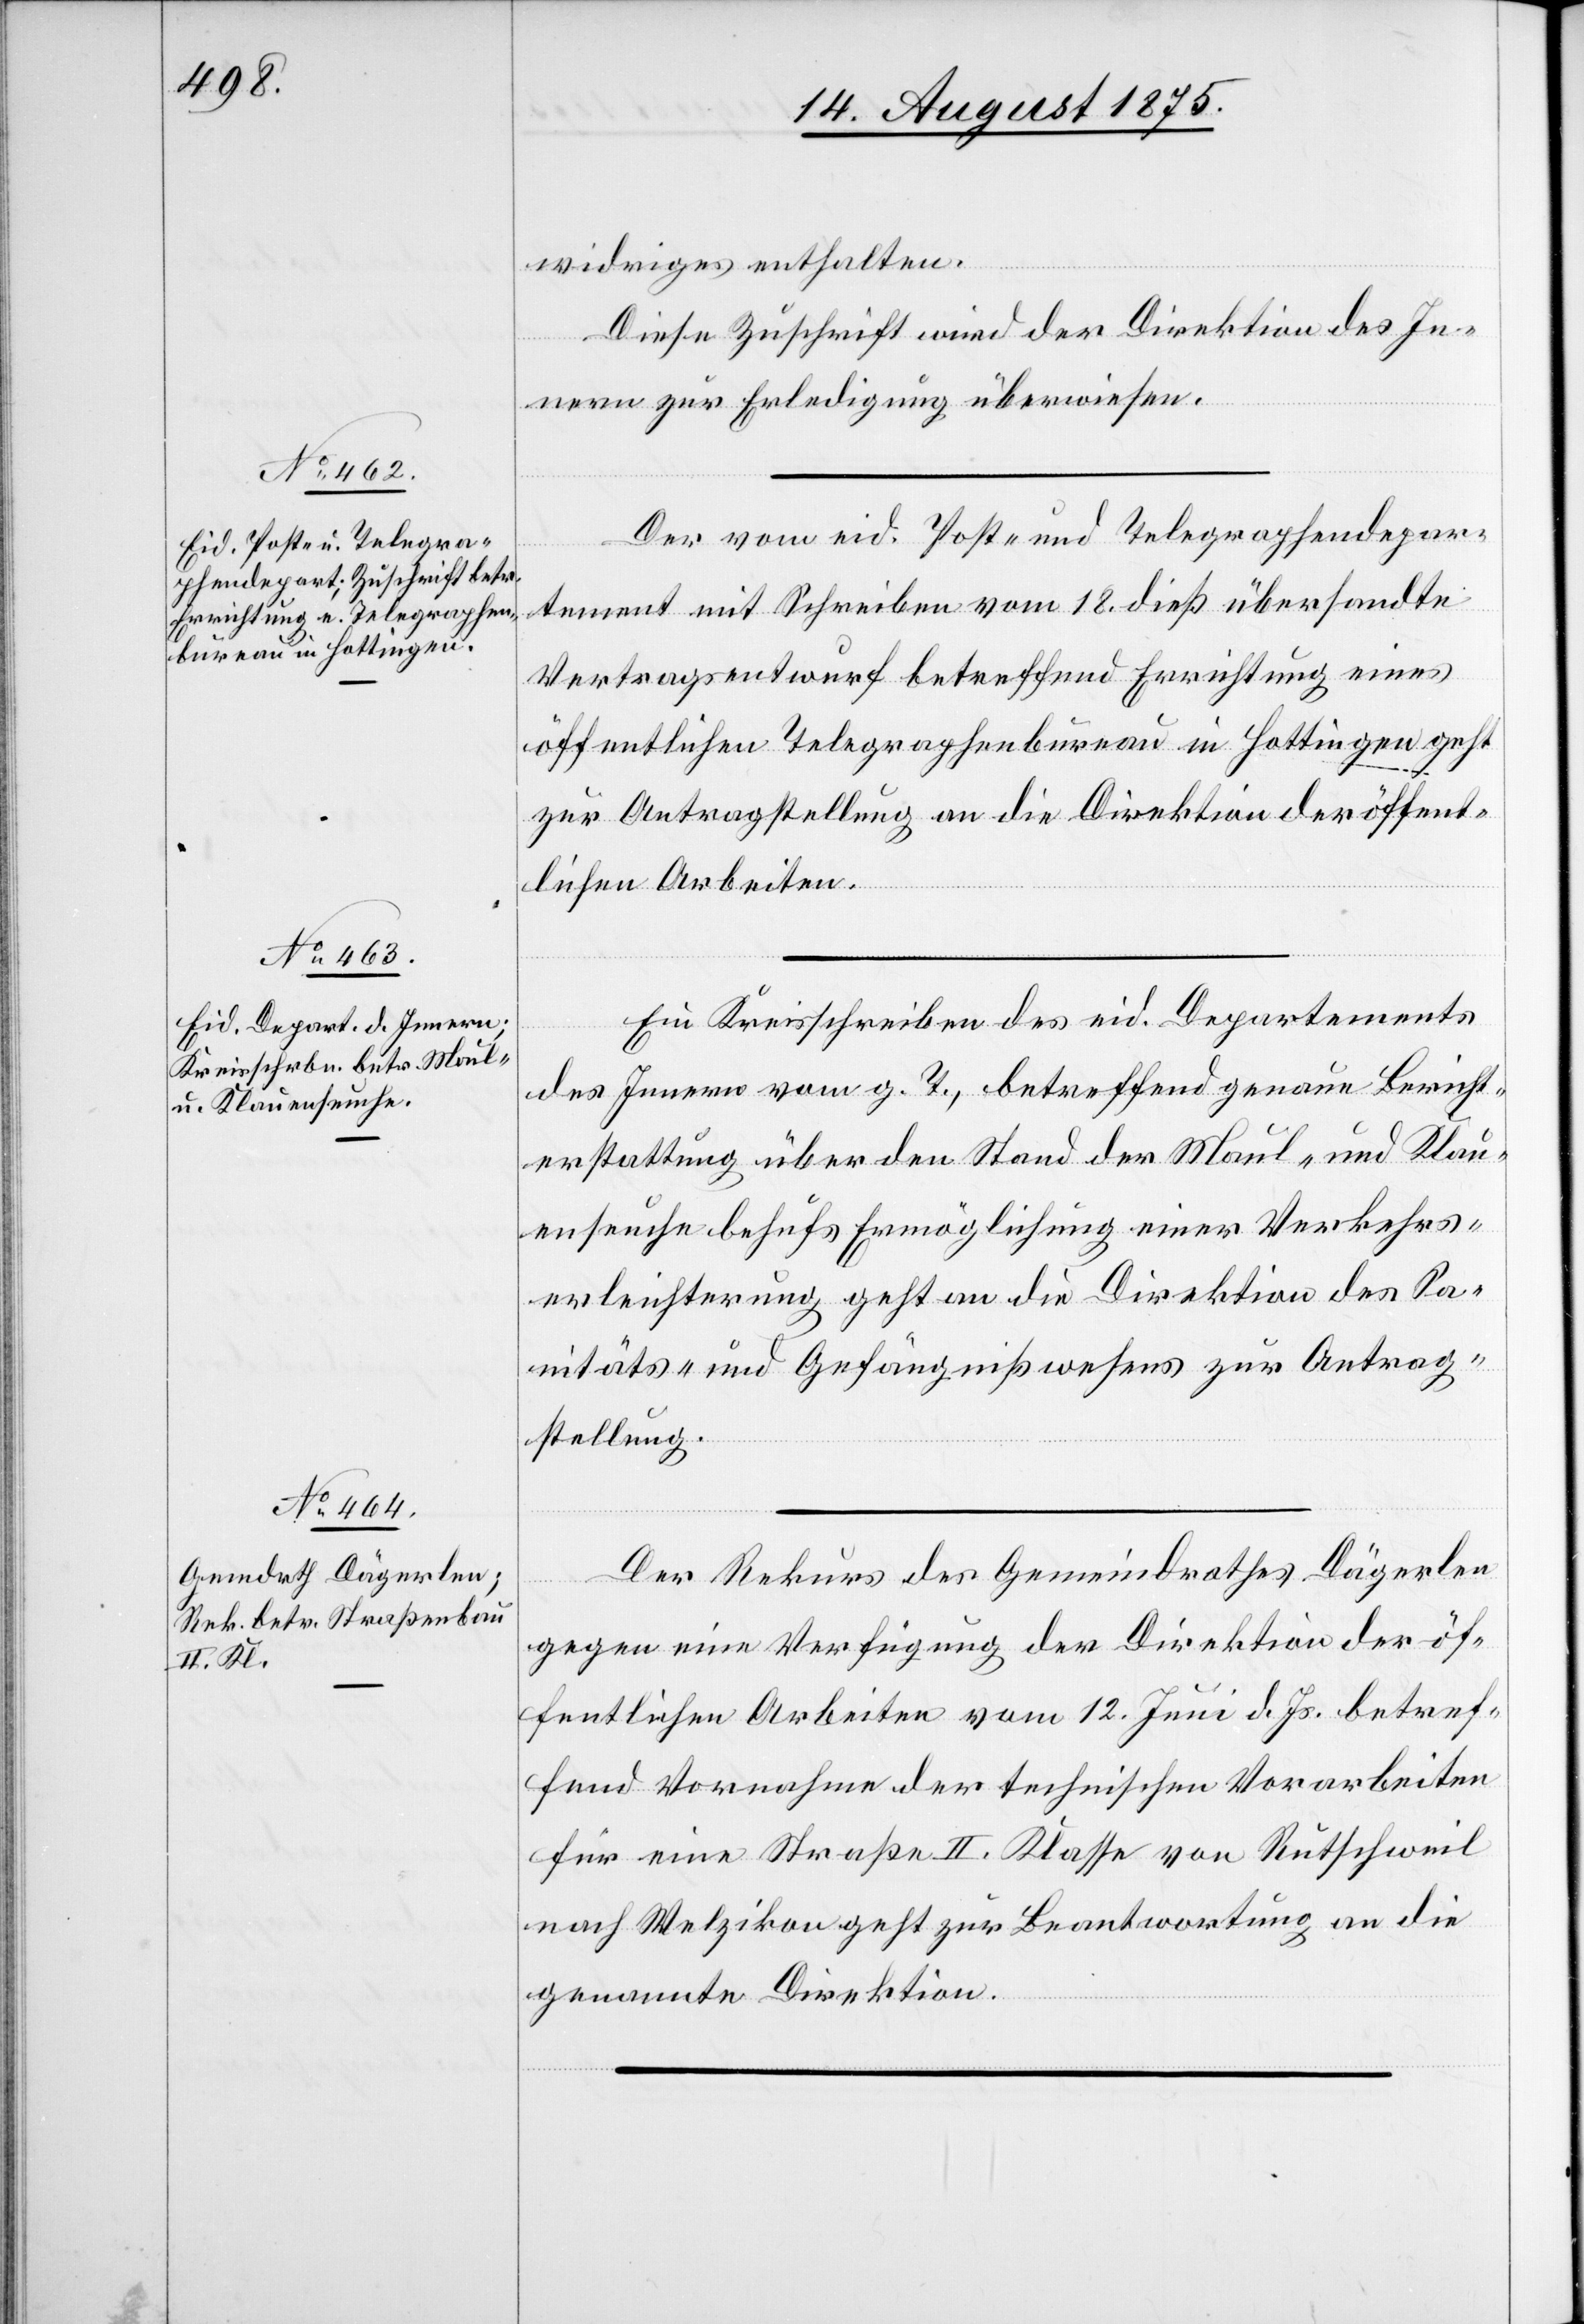
20. August 1875.]
widriges enthalten.
Diese Zuschrift wird der Direktion des In¬
nern zur Erledigung überwiesen.
Der von eid. Post- und Telegraphendepar¬
tement mit Schreiben vom 18. dieß übersandte
Vertragsentwurf betreffend Errichtung eines
öffentlichen Telegraphenbureau in Hottingen geht
zur Antragstellung an die Direktion der öffent¬
lichen Arbeiten.
Ein Kreisschreiben des Departements
des Innern vom g. T., betreffend genaue Bericht¬
erstattung über den Stand der Maul- und Klau¬
enseuche behufs Ermöglichung einer Verkehrs¬
erleichterung geht an die Direktion des Sa¬
nitäts- und Gefängnißwesens zur Antrag¬
stellung.
Der Rekurs des Gemeindrathes Dägerlen
gegen eine Verfügung der Direktion der öf¬
fentlichen Arbeiten vom 12. Juni d. Js. betref¬
fend Vornahme der technischen Vorarbeiten
für eine Straße II. Klasse von Rutschweil
nach Welzikon geht zur Beantwortung an die
genannte Direktion.